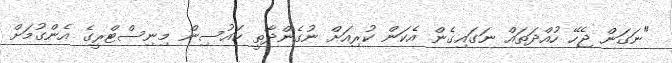
"ނަގަން ޖެހޭ ހުއްދަތައް ނަގައިގެން އެކަން ކުރިއަށް ނުގެންދާތީ ހައުސިން މިނިސްޓްރީގެ އެންގުމަށް